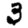
Digit: 3